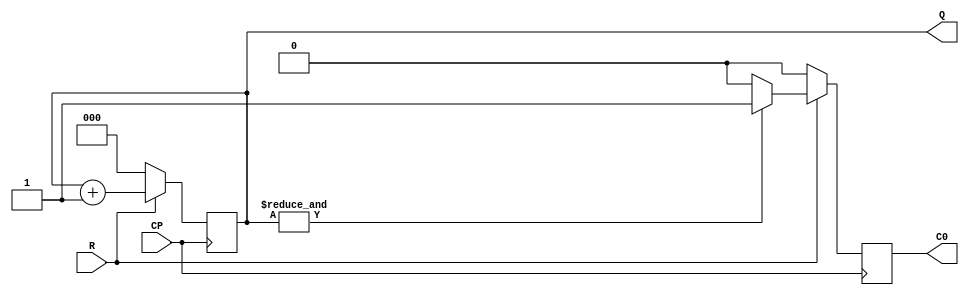
`timescale 1ns / 1ps
//////////////////////////////////////////////////////////////////////////////////
// Company: 
// Engineer: 
// 
// Design Name: 
// Module Name: counter_sync_r
// Project Name: 
// Target Devices: 
// Tool Versions: 
// Description: 
// 
// Dependencies: 
// 
// Revision:
// Revision 0.01 - File Created
// Additional Comments:
// 
//////////////////////////////////////////////////////////////////////////////////


module counter_sync_r(  //
    input CP,
    input R,
    output reg [2:0] Q,
    output reg C0
    );
    always@(posedge CP)
        if(~R)
            begin
                Q<=0;
                C0<=0;
            end
        else
            begin
                if(&Q==1)
                    C0<=1;
                else
                    C0<=0;
                Q<=Q+1'b1;
            end 
endmodule